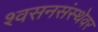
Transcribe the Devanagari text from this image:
श्वसनसंस्थेवर